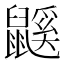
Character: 鼷